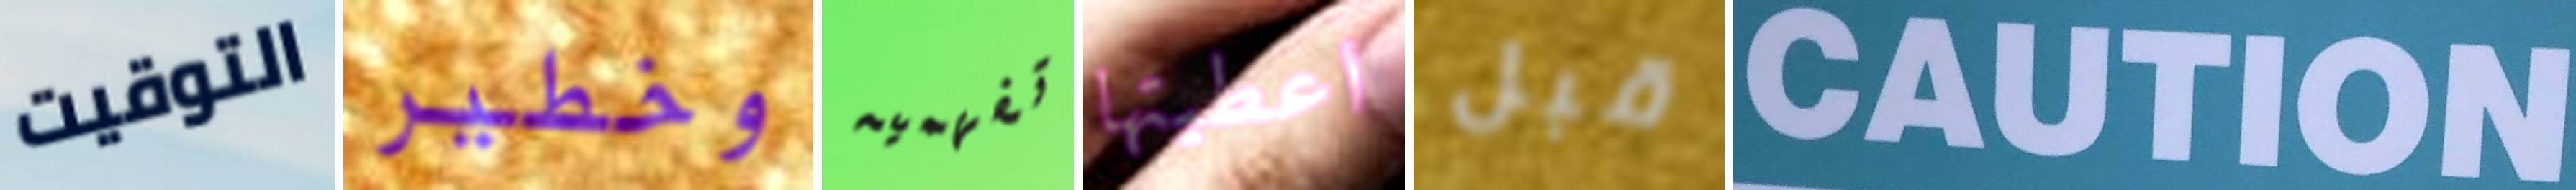
التوقيت وخطير تفهميه اعطيتها قبل CAUTION